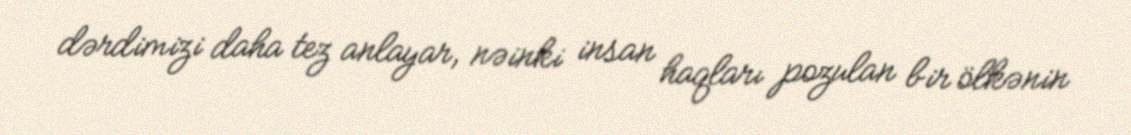
dərdimizi daha tez anlayar, nəinki insan haqları pozulan bir ölkənin